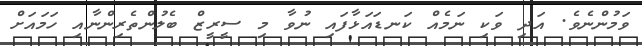
ވަމުންނެވެ. އަދި ވަކި ނަމެއް ކަނޑައަޅާފައި ނުވާ މި ސީރީޒް ބެލުންތެރިންނާއި ހަމައަށް